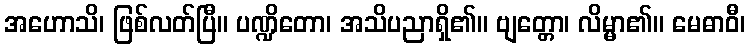
အဟောသိ၊ ဖြစ်လတ်ပြီ။ ပဏ္ဍိတော၊ အသိပညာရှိ၏။ ဗျတ္တော၊ လိမ္မာ၏။ မေဓာဝီ၊